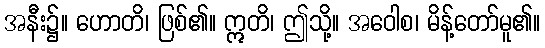
အနီး၌။ ဟောတိ၊ ဖြစ်၏။ ဣတိ၊ ဤသို့။ အဝေါစ၊ မိန့်တော်မူ၏။